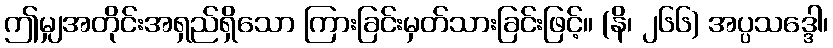
ဤမျှအတိုင်းအရှည်ရှိသော ကြားခြင်းမှတ်သားခြင်းဖြင့်။ (နိ၊ ၂၆၆) အပ္ပသဒ္ဒေါ၊